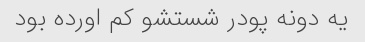
یه دونه پودر شستشو کم اورده بود